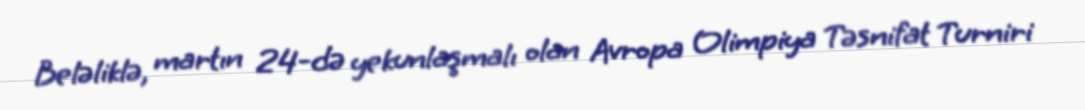
Beləliklə, martın 24-də yekunlaşmalı olan Avropa Olimpiya Təsnifat Turniri